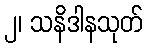
၂၊ သနိဒါနသုတ်